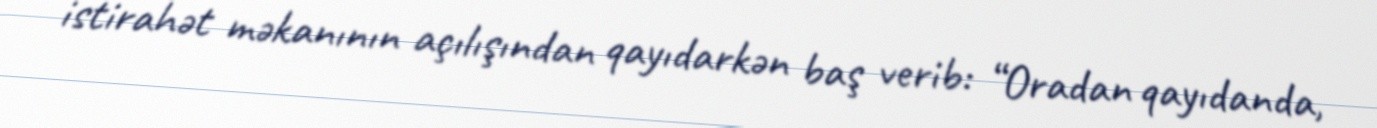
istirahət məkanının açılışından qayıdarkən baş verib: “Oradan qayıdanda,